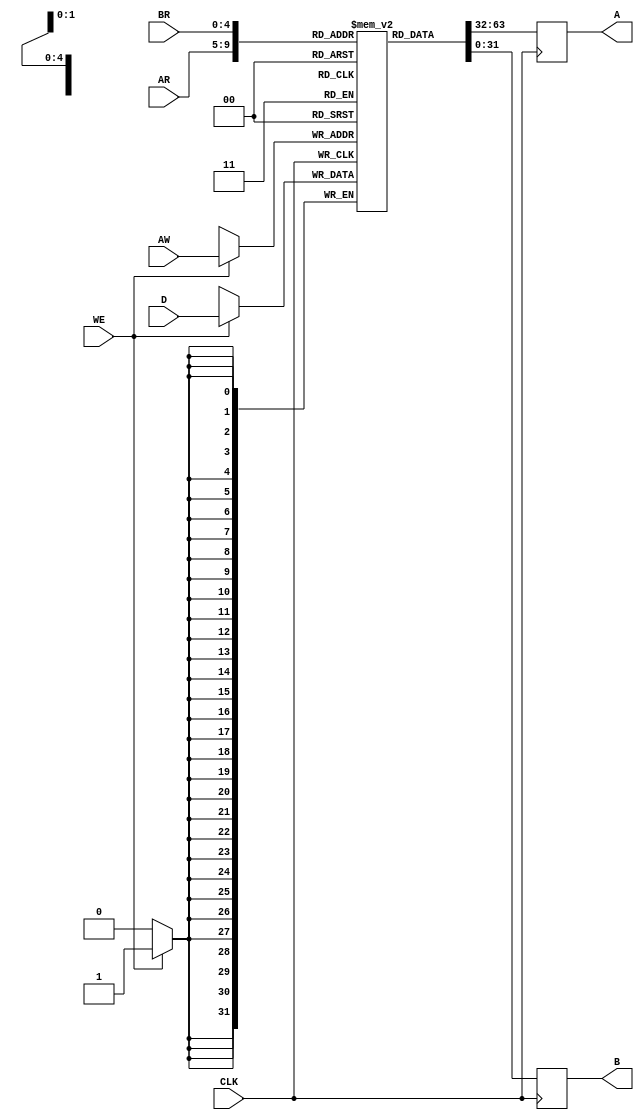
`timescale 1ns / 1ps

module reg_file(AW,AR,BR,WE,CLK,D,A,B);
	
	parameter WORDSIZE = 32;
	parameter BLOCKSIZE = 32;
	parameter ADDRSIZE = $clog2(BLOCKSIZE);
	input WE, CLK;
	input [ADDRSIZE-1:0] AW, AR, BR;
	input [WORDSIZE-1:0] D;
	output reg [WORDSIZE-1:0] A,B;

	reg [WORDSIZE-1:0] memory [BLOCKSIZE-1:0];
	
	always @(posedge CLK)
	begin
		if (WE) begin
			memory[AW] <= D;
		end
		A <= memory[AR];
		B <= memory[BR];
	end

endmodule